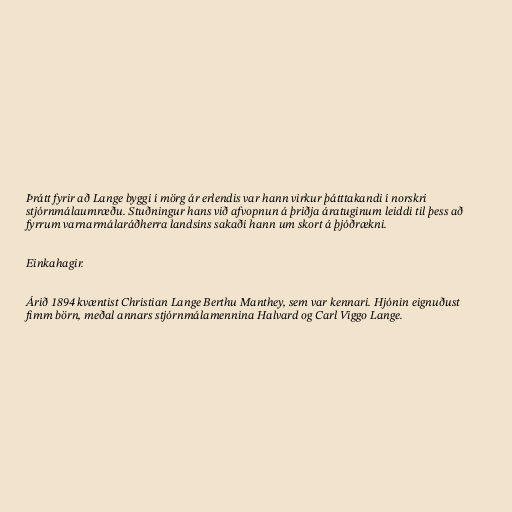
Þrátt fyrir að Lange byggi í mörg ár erlendis var hann virkur þátttakandi í norskri
stjórnmálaumræðu. Stuðningur hans við afvopnun á þriðja áratuginum leiddi til þess að
fyrrum varnarmálaráðherra landsins sakaði hann um skort á þjóðrækni.

Einkahagir.

Árið 1894 kvæntist Christian Lange Berthu Manthey, sem var kennari. Hjónin eignuðust
fimm börn, meðal annars stjórnmálamennina Halvard og Carl Viggo Lange.